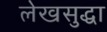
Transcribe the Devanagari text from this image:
लेखसुद्धा